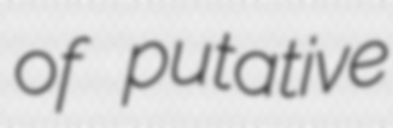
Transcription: of putative